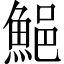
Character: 䱒